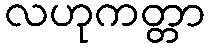
လဟုကတ္တာ